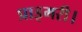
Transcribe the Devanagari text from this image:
प्राइमरी।